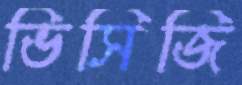
ভিসিজি